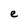
Character: e